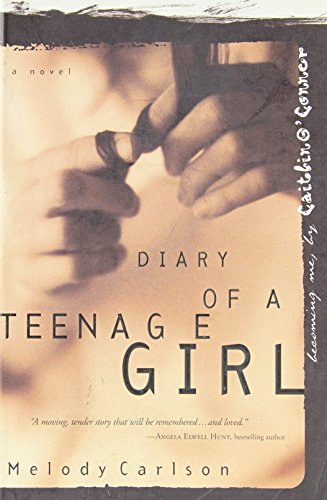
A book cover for Becoming Me (Diary of a Teenage Girl: Caitlin, Book 1); Melody Carlson; Teen & Young Adult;